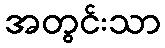
အတွင်းသာ